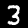
Label: 3